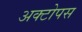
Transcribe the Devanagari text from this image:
अक्टोपस